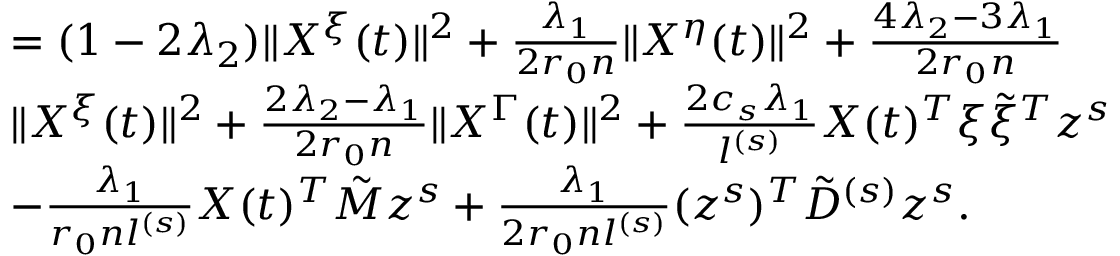
\begin{array} { r l } & { = ( 1 - 2 \lambda _ { 2 } ) \| X ^ { \xi } ( t ) \| ^ { 2 } + \frac { \lambda _ { 1 } } { 2 r _ { 0 } n } \| X ^ { \eta } ( t ) \| ^ { 2 } + \frac { 4 \lambda _ { 2 } - 3 \lambda _ { 1 } } { 2 r _ { 0 } n } } \\ & { \| X ^ { \xi } ( t ) \| ^ { 2 } + \frac { 2 \lambda _ { 2 } - \lambda _ { 1 } } { 2 r _ { 0 } n } \| X ^ { \Gamma } ( t ) \| ^ { 2 } + \frac { 2 c _ { s } \lambda _ { 1 } } { l ^ { ( s ) } } X ( t ) ^ { T } \xi \tilde { \xi } ^ { T } z ^ { s } } \\ & { - \frac { \lambda _ { 1 } } { r _ { 0 } n l ^ { ( s ) } } X ( t ) ^ { T } \tilde { M } z ^ { s } + \frac { \lambda _ { 1 } } { 2 r _ { 0 } n l ^ { ( s ) } } ( z ^ { s } ) ^ { T } \tilde { D } ^ { ( s ) } z ^ { s } . } \end{array}